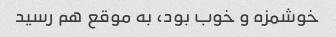
خوشمزه و خوب بود، به موقع هم رسید